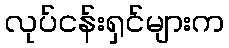
လုပ်ငန်းရှင်များက